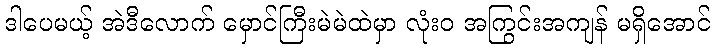
ဒါပေမယ့် အဲဒီလောက် မှောင်ကြီးမဲမဲထဲမှာ လုံးဝ အကြွင်းအကျန် မရှိအောင်